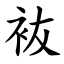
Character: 䘠